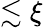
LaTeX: \lesssim\xi